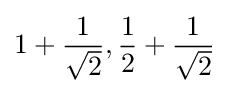
1+{\frac {1}{\sqrt {2}}},{\frac {1}{2}}+{\frac {1}{\sqrt {2}}}